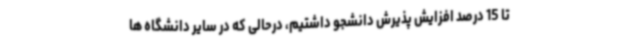
تا 15 درصد افزایش پذیرش دانشجو داشتیم، درحالی که در سایر دانشگاه ها